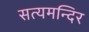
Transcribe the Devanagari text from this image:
सत्यमन्दिर